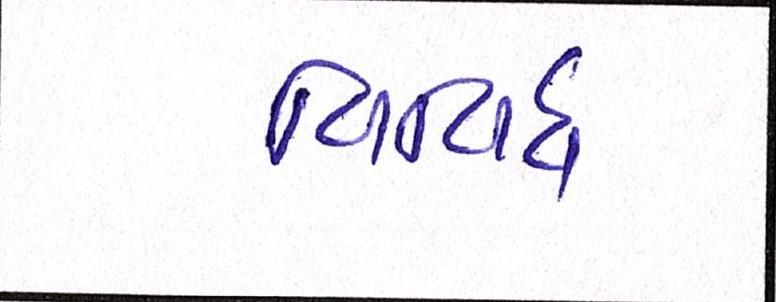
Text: વિવિધ